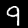
Label: 9